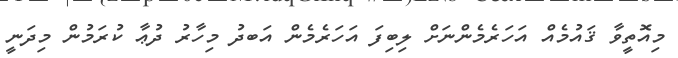
މިއޮތީވާ ޤައުމެއް އަހަރެމެންނަށް ލިބިފަ އަހަރެމެން އަބދު މިހާރު ދުޢާ ކުރަމުން މިދަނީ